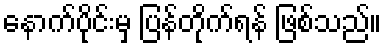
နောက်ပိုင်းမှ ပြန်တိုက်ရန် ဖြစ်သည်။